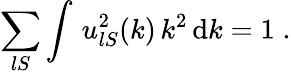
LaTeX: \sum_{lS}\int\, u_{lS}^{2}(k)\, k^{2}\, \mathrm{d}k=1\; .